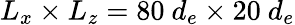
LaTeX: L_{x}\times L_{z}=80~d_{e}\times 20~d_{e}